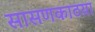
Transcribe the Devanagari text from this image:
सासणकाठय़ा